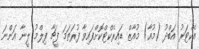
އެކްޓަރު އަބްދު (މުއާ) މުއާޒް ޑައިރެކްޓްކޮށްފައިވާ ފުރަތަމަ ފީޗާ ފިލްމު ލީނާ އަންނަ